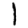
Digit: 1